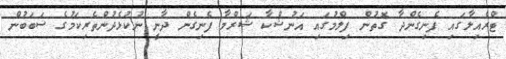
ޓްރެއިލާގައި ފެނިގެންދާ ގޮތުން ފިލްމުގައި އަނުޝްކާ ޝަރްމާ ފެނިގެން ދާނީ ނުކުޅެދުންތެރިކަމުގެ ސަބަބުން